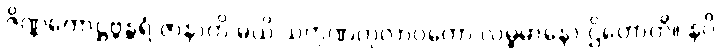
ဇိဏ္ဏကောဋ္ဌဗ္ဘန္တရံ ဇာနာတိ မယိ သကုဏကုလာဝကော လမ္ဗမာနော ဌိတောတိ။ နပိ